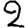
Digit: 2